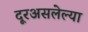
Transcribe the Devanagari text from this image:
दूरअसलेल्या